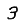
Digit: 3